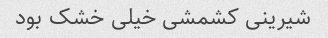
شیرینی کشمشی خیلی خشک بود